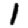
Digit: 1